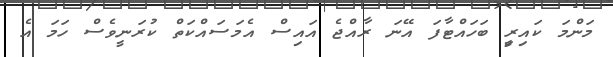
މަންމަ ކައިރިީ ބަހައްޓާފަ އޭނަ ރާއްޖެ އައިސް އެމަސައްކަތް ކުރަނީވެސް ހަމަ އެ